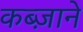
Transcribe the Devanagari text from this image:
कब्ज़ाने